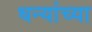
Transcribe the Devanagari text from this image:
धन्यांच्या